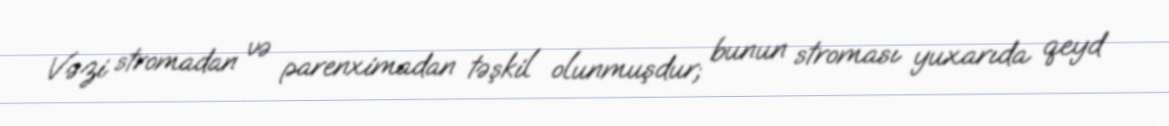
Vəzi stromadan və parenximadan təşkil olunmuşdur; bunun stroması yuxarıda qeyd